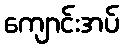
ကျောင်းအပ်